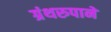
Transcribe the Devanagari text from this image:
ग्रंथरुपाने